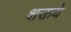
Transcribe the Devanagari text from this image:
शक्तये